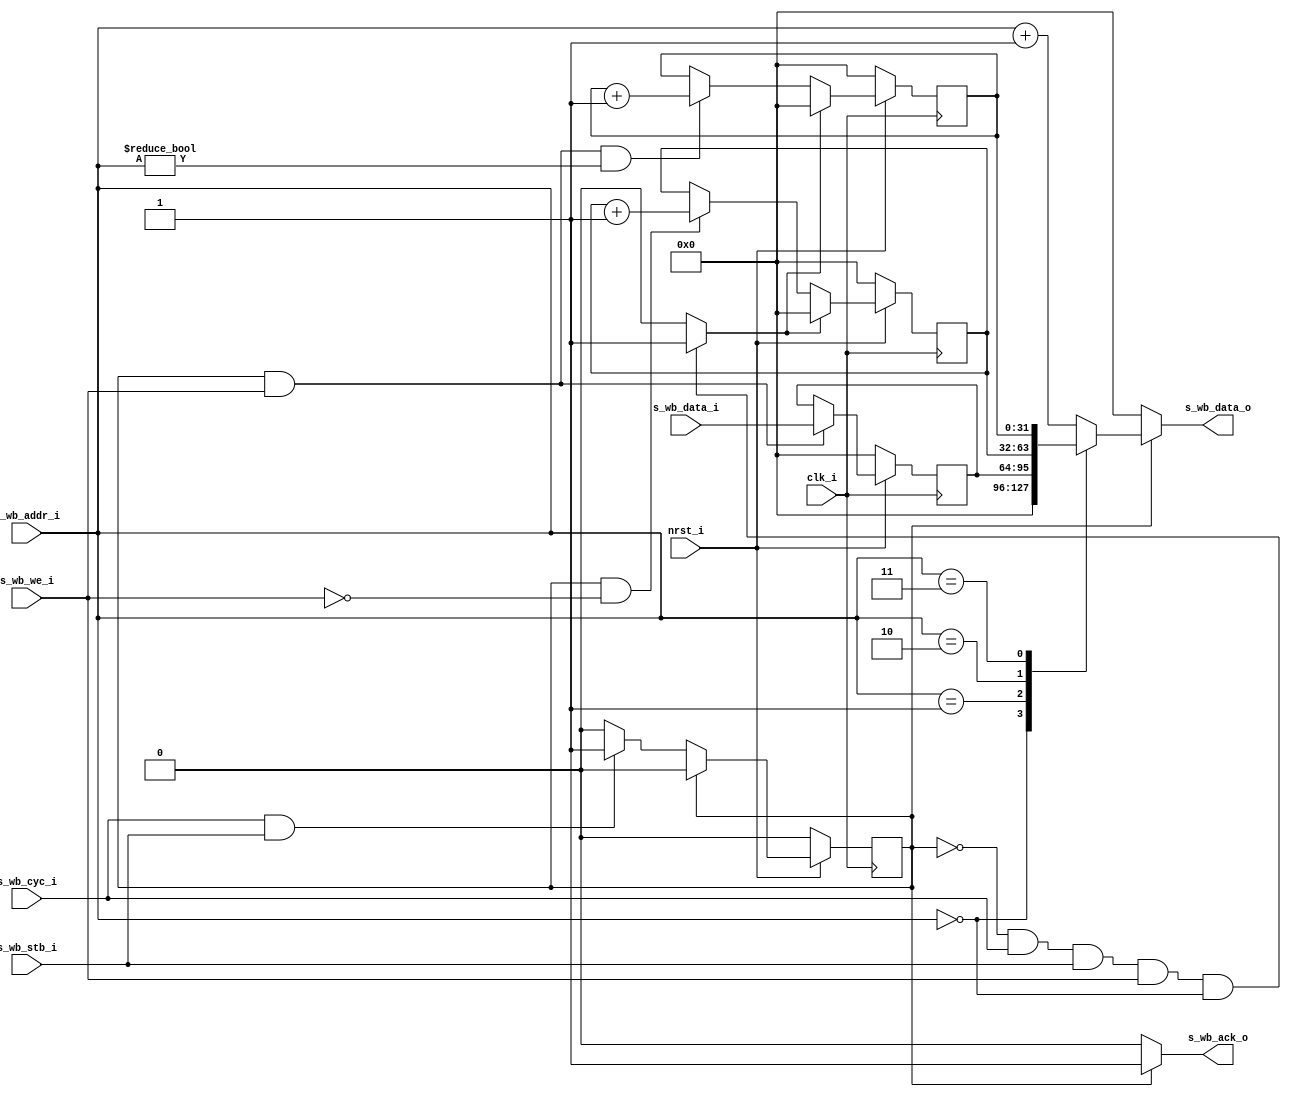
module wb_dummy_slave #(
  parameter ADDR_WID = 32,
  parameter DATA_WID = 32
  )(
  input wire clk_i,
  input wire nrst_i,

  input  wire [ADDR_WID-1 : 0] s_wb_addr_i,
  input  wire [DATA_WID-1 : 0] s_wb_data_i,
  output reg  [DATA_WID-1 : 0] s_wb_data_o,
  input  wire                  s_wb_we_i,
  input  wire                  s_wb_cyc_i,
  input  wire                  s_wb_stb_i,
  output reg                   s_wb_ack_o
  );

  reg clr;
  reg state;
  parameter S_IDLE = 0;
  parameter S_ACK  = 1;

  always@(posedge clk_i)
    if (!nrst_i)
      state <= S_IDLE;
    else
      case(state)
        S_IDLE:
          if (s_wb_cyc_i & s_wb_stb_i)
            state <= S_ACK;
          else
            state <= S_IDLE;

        default:
          state <= S_IDLE;
      endcase

  /* Clear: Write to 0 */
  always@(*)
    if ((state == S_IDLE)
        && s_wb_cyc_i && s_wb_stb_i
        && s_wb_we_i
        && (s_wb_addr_i == 0))

      clr <= 1'b1;
    
    else
      clr <= 0;

  /* Dummy register */
  reg [DATA_WID-1 : 0] dummy_reg;
  always@(posedge clk_i)
    if (!nrst_i)
      dummy_reg <= 0;
    else
      if ((state == S_ACK) && s_wb_we_i)
        dummy_reg <= s_wb_data_i;
      else
        dummy_reg <= dummy_reg;

  /* Read Tracker */
  reg [DATA_WID-1 : 0] readtrack_reg;
  always@(posedge clk_i)
    if (!nrst_i)
      readtrack_reg <= 0;
    else
      if (clr)
        readtrack_reg <= 0;
      else
        if ((state == S_ACK) && !s_wb_we_i)
          readtrack_reg <= readtrack_reg + 1;
        else
          readtrack_reg <= readtrack_reg;

  /* Write Tracker */
  reg [DATA_WID-1 : 0] writetrack_reg;
  always@(posedge clk_i)
    if (!nrst_i)
      writetrack_reg <= 0;
    else
      if (clr)
        writetrack_reg <= 0;
      else
        if ((state == S_ACK) && s_wb_we_i && (s_wb_addr_i != 0))
          writetrack_reg <= writetrack_reg + 1;
        else
          writetrack_reg <= writetrack_reg;

  /* Read */
  always@(*)
    if (state == S_ACK)
      case(s_wb_addr_i)
        0:
          s_wb_data_o <= 0;
        1:
          s_wb_data_o <= dummy_reg;
        2:
          s_wb_data_o <= readtrack_reg;
        3:
          s_wb_data_o <= writetrack_reg;
        default:
          s_wb_data_o <= s_wb_addr_i + 1;
      endcase

    else
      s_wb_data_o <= 0;

  //assign s_wb_ack_o = (state == S_ACK)? 1'b1 : 0;
  always@(*)
    if (state == S_ACK)
      s_wb_ack_o <= 1'b1;
    else
      s_wb_ack_o <= 0;
endmodule